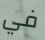
في